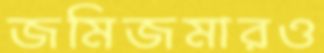
জমিজমারও